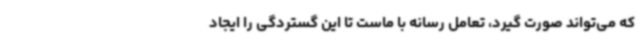
که می‌تواند صورت گیرد، تعامل رسانه با ماست تا این گستردگی را ایجاد